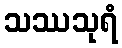
သဿသုရံ